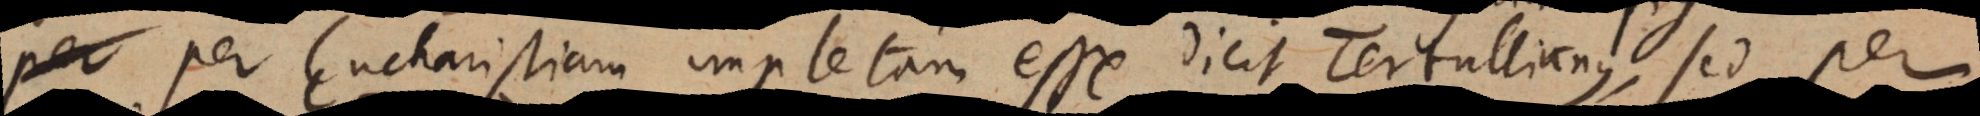
per Eucharistiam impletam esse dicit Tertullianus, sed per